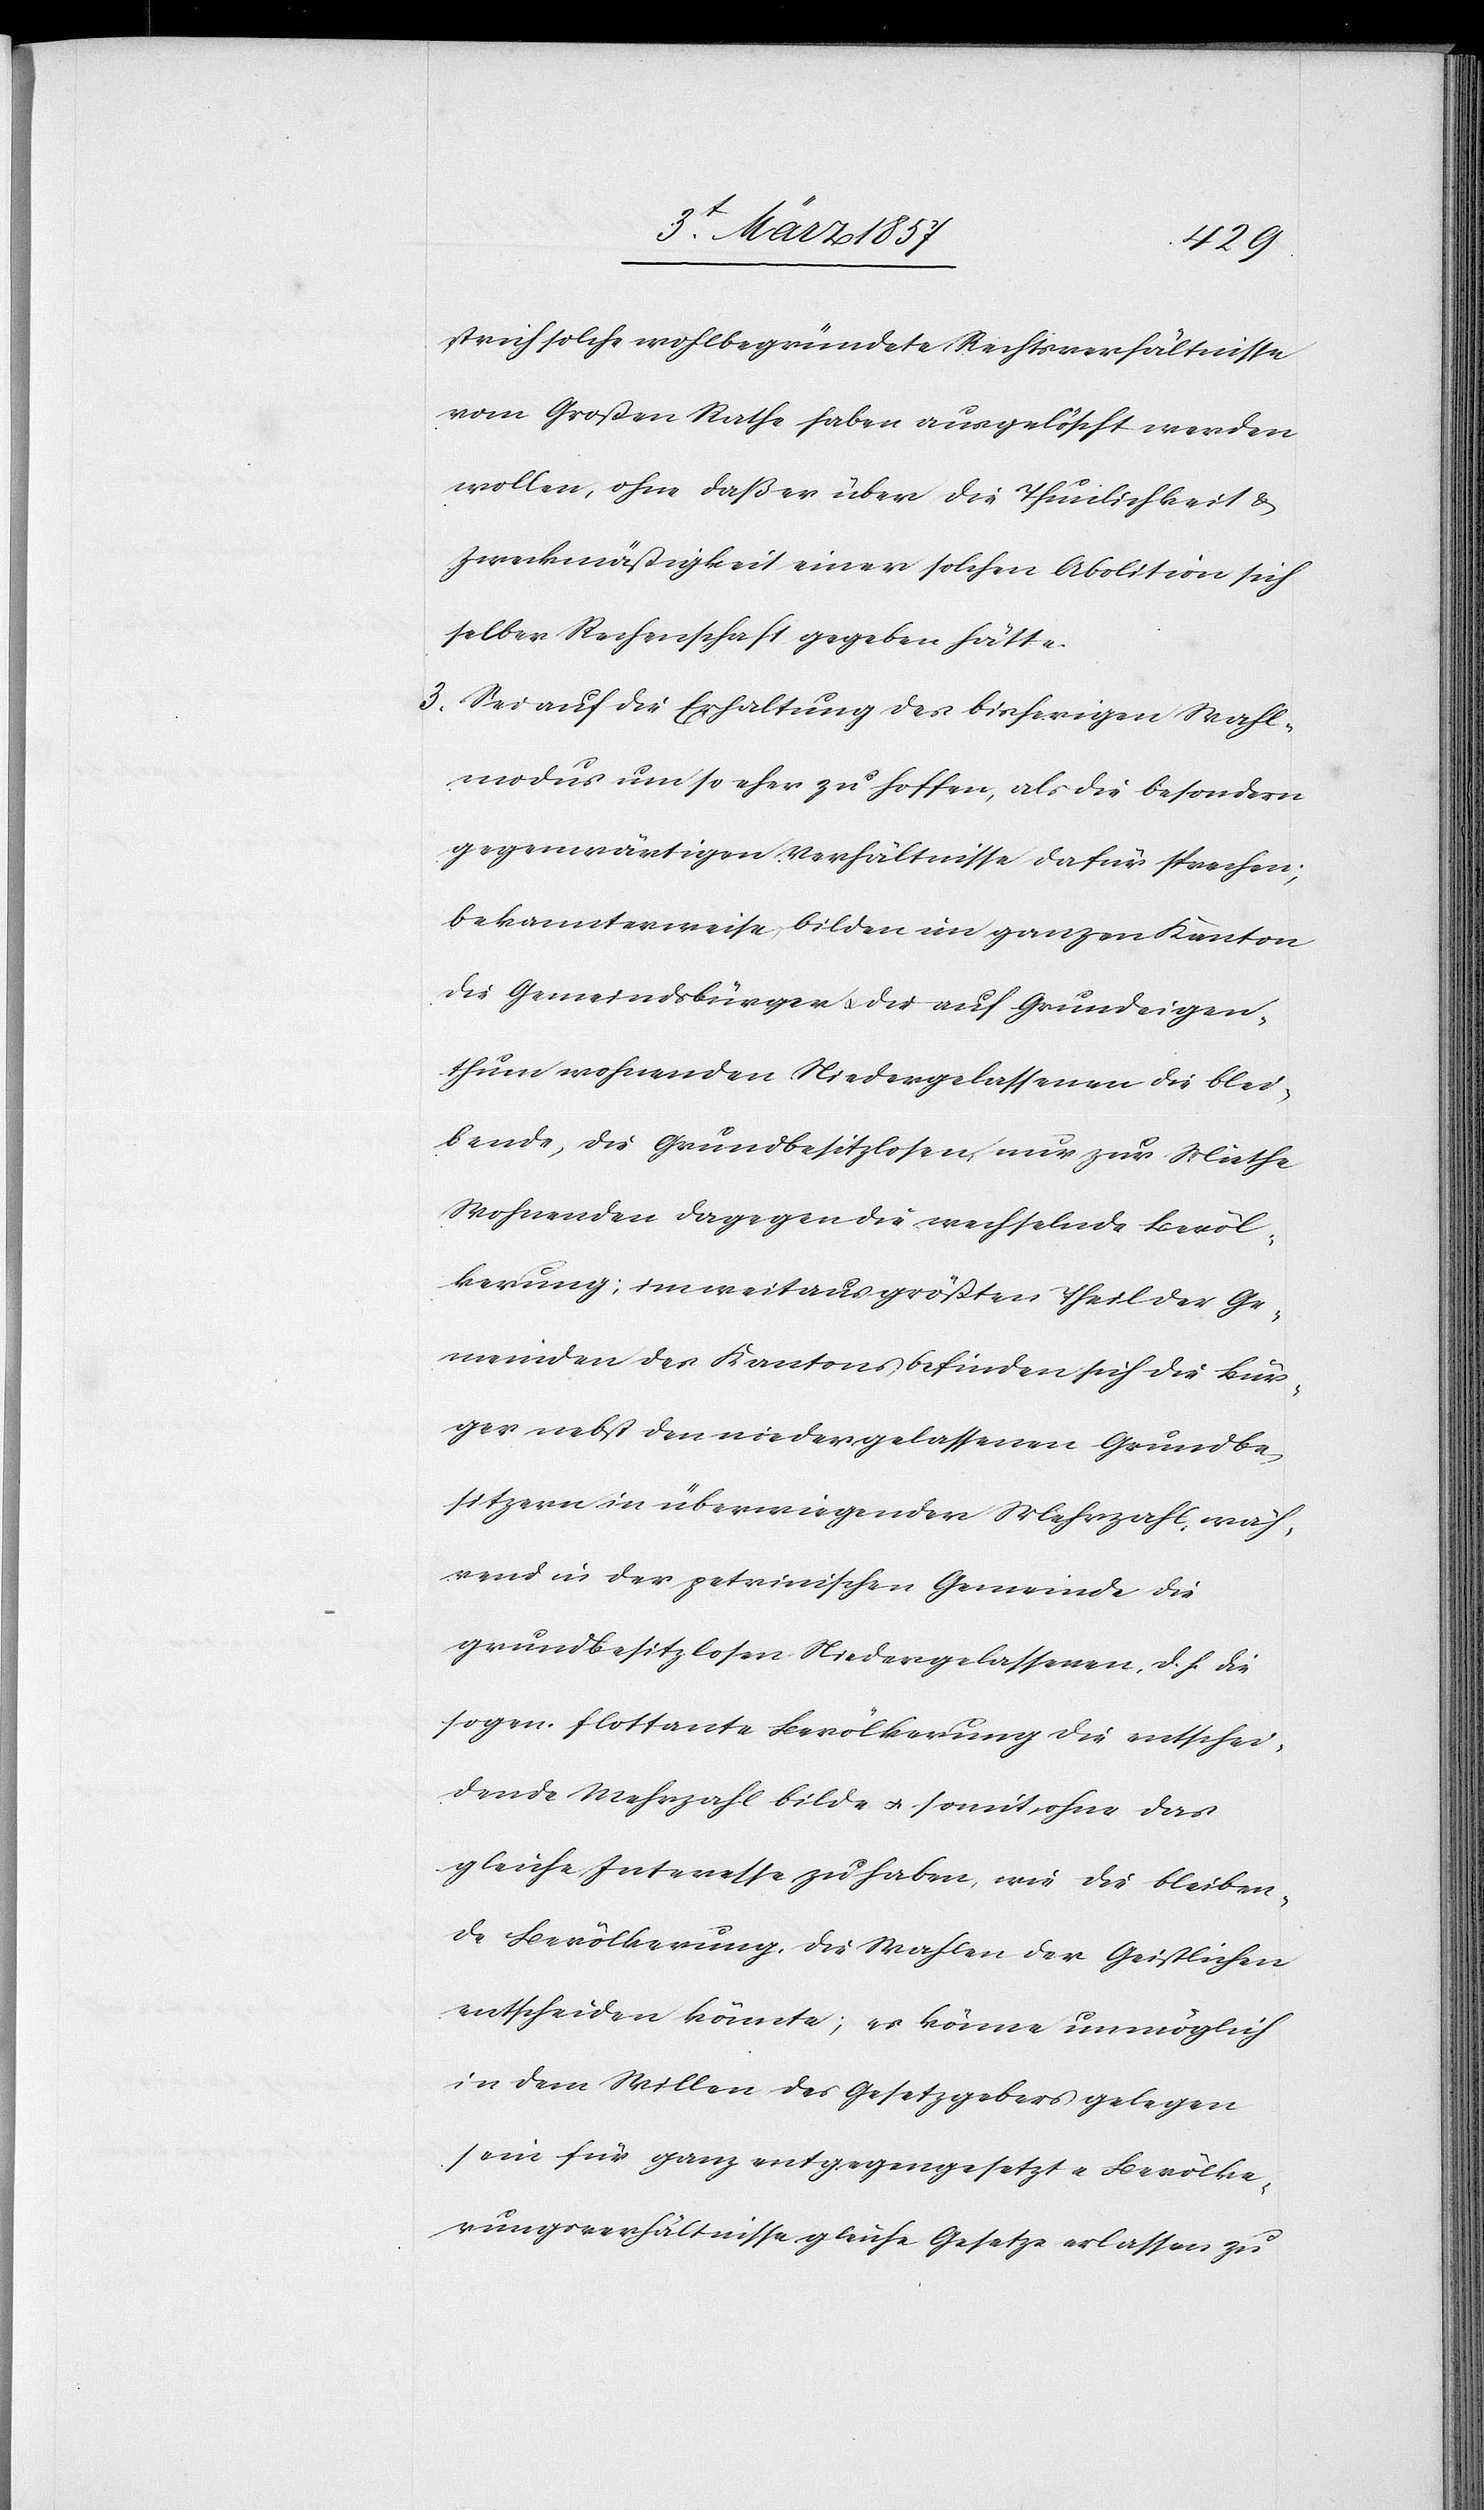
strich solche wohlbegründete Rechtsverhältnisse
vom Großen Rathe haben ausgelöscht werden
wollen, ohne daß er über die Thunlichkeit &
Zweckmäßigkeit einer solchen Abolition sich
selber Rechenschaft gegeben hätte.
3. Sei auf die Erhaltung des bisherigen Wahl¬
modus um so eher zu hoffen, als die besondern
gegenwärtigen Verhältnisse dafür sprechen;
bekannterweise bilden im ganzen Kanton
die Gemeindsbürger u. die auf Grundeigen¬
thum wohnenden Niedergelassenen die blei¬
bende, die Grundbesitzlosen, nur zur Miethe
Wohnenden dagegen die wechselnde Bevöl¬
kerung; im weitaus größten Theil der Ge¬
meinden des Kantons befinden sich die Bür¬
ger nebst den niedergelassenen Grundbe¬
sitzern in überwiegenden Mehrzahl, wäh¬
rend in der petrinischen Gemeinde die
grundbesitzlosen Niedergelassenen, d. h. die
sogen. flottante Bevölkerung die entschei¬
dende Mehrzahl bilde u. somit, ohne das
gleiche Interesse zu haben, wie die bleiben¬
de Bevölkerung, die Wahlen der Geistlichen
entscheiden könnte; es könne unmöglich
in dem Willen des Gesetzgebers gelegen
sein für ganz entgegengesetzte Bevölke¬
rungsverhältnisse gleiche Gesetze erlassen zu